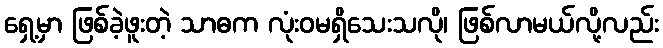
ရှေ့မှာ ဖြစ်ခဲ့ဖူးတဲ့ သာဓက လုံးဝမရှိသေးသလို၊ ဖြစ်လာမယ်လို့လည်း